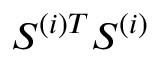
S ^ { ( i ) T } S ^ { ( i ) }